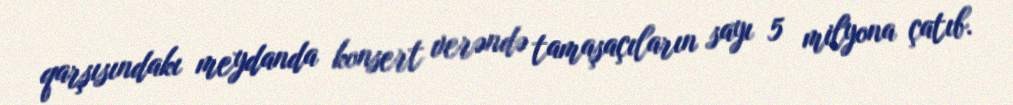
qarşısındakı meydanda konsert verəndə tamaşaçıların sayı 5 milyona çatıb.